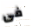
فى